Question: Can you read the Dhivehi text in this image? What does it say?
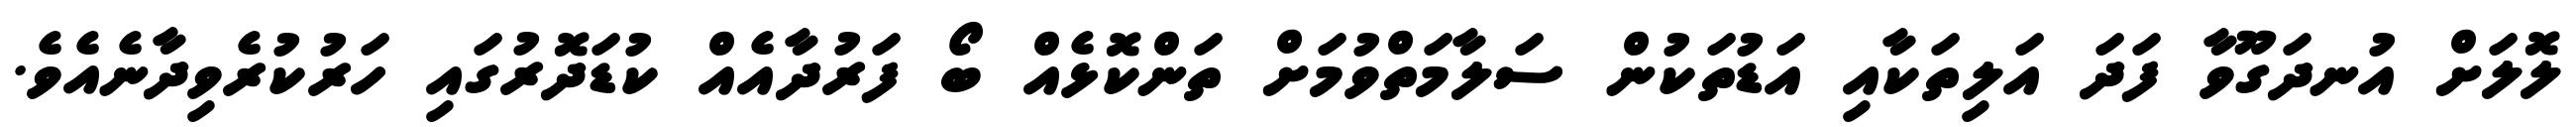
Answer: ލޮލަށް އުނދަގޫވާ ފަދަ އަލިތަކާއި އަޑުތަކުން ސަލާމަތްވުމަށް ތަންކޮޅެއް ބޯ ފަރުދާއެއް ކުޑަދޮރުގައި ހަރުކުރެވިދާނެއެވެ.